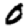
Digit: 0